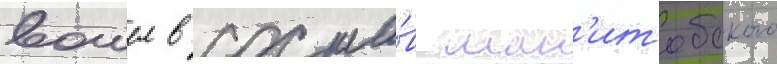
вошел в соста́в ман'итобского